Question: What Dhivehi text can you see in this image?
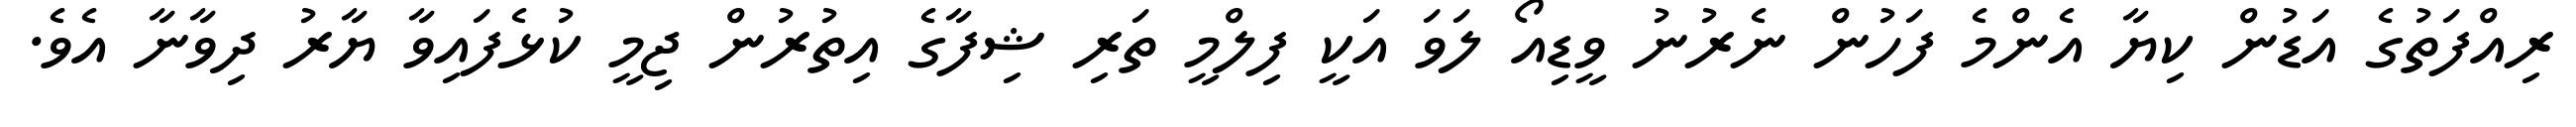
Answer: ރިއްފަތުގެ އަޑުން ކިޔާ އެންމެ ފަހުން ނެރުނު ވީޑިއޯ ލަވަ އަކީ ފިލްމީ ތަރި ޝިފާގެ އިތުރުން ޖިމީ ކުޅެފައިވާ ޔާރު ދިވާނާ އެވެ.